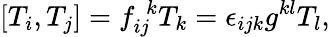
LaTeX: [T_{i},T_{j}]=f_{ij}^{\, \, k}T_{k}=\epsilon_{ijk}g^{kl}T_{l},